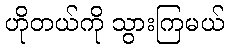
ဟိုတယ်ကို သွားကြမယ်